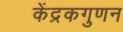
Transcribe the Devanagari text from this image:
केंद्रकगुणन